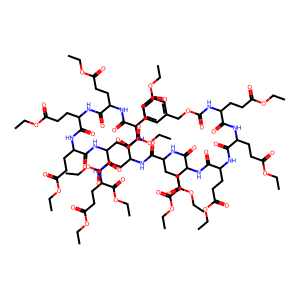
SMILES: CCOC(=O)CCC(NC(=O)OCc1ccccc1)C(=O)NC(CCC(=O)OCC)C(=O)NC(CCC(=O)OCC)C(=O)NC(CCC(=O)OCC)C(=O)NC(CCC(=O)OCC)C(=O)NC(CCC(=O)OCC)C(=O)NC(CCC(=O)OCC)C(=O)NC(CCC(=O)OCC)C(=O)NC(CCC(=O)OCC)C(=O)NC(CCC(=O)OCC)C(=O)NC(CCC(=O)OCC)C(=O)NC(CCC(=O)OCC)C(=O)OCC
Inhibits HIV replication: No